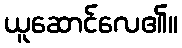
ယူဆောင်လေ၏။